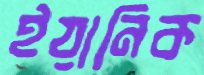
ইয়ানিক